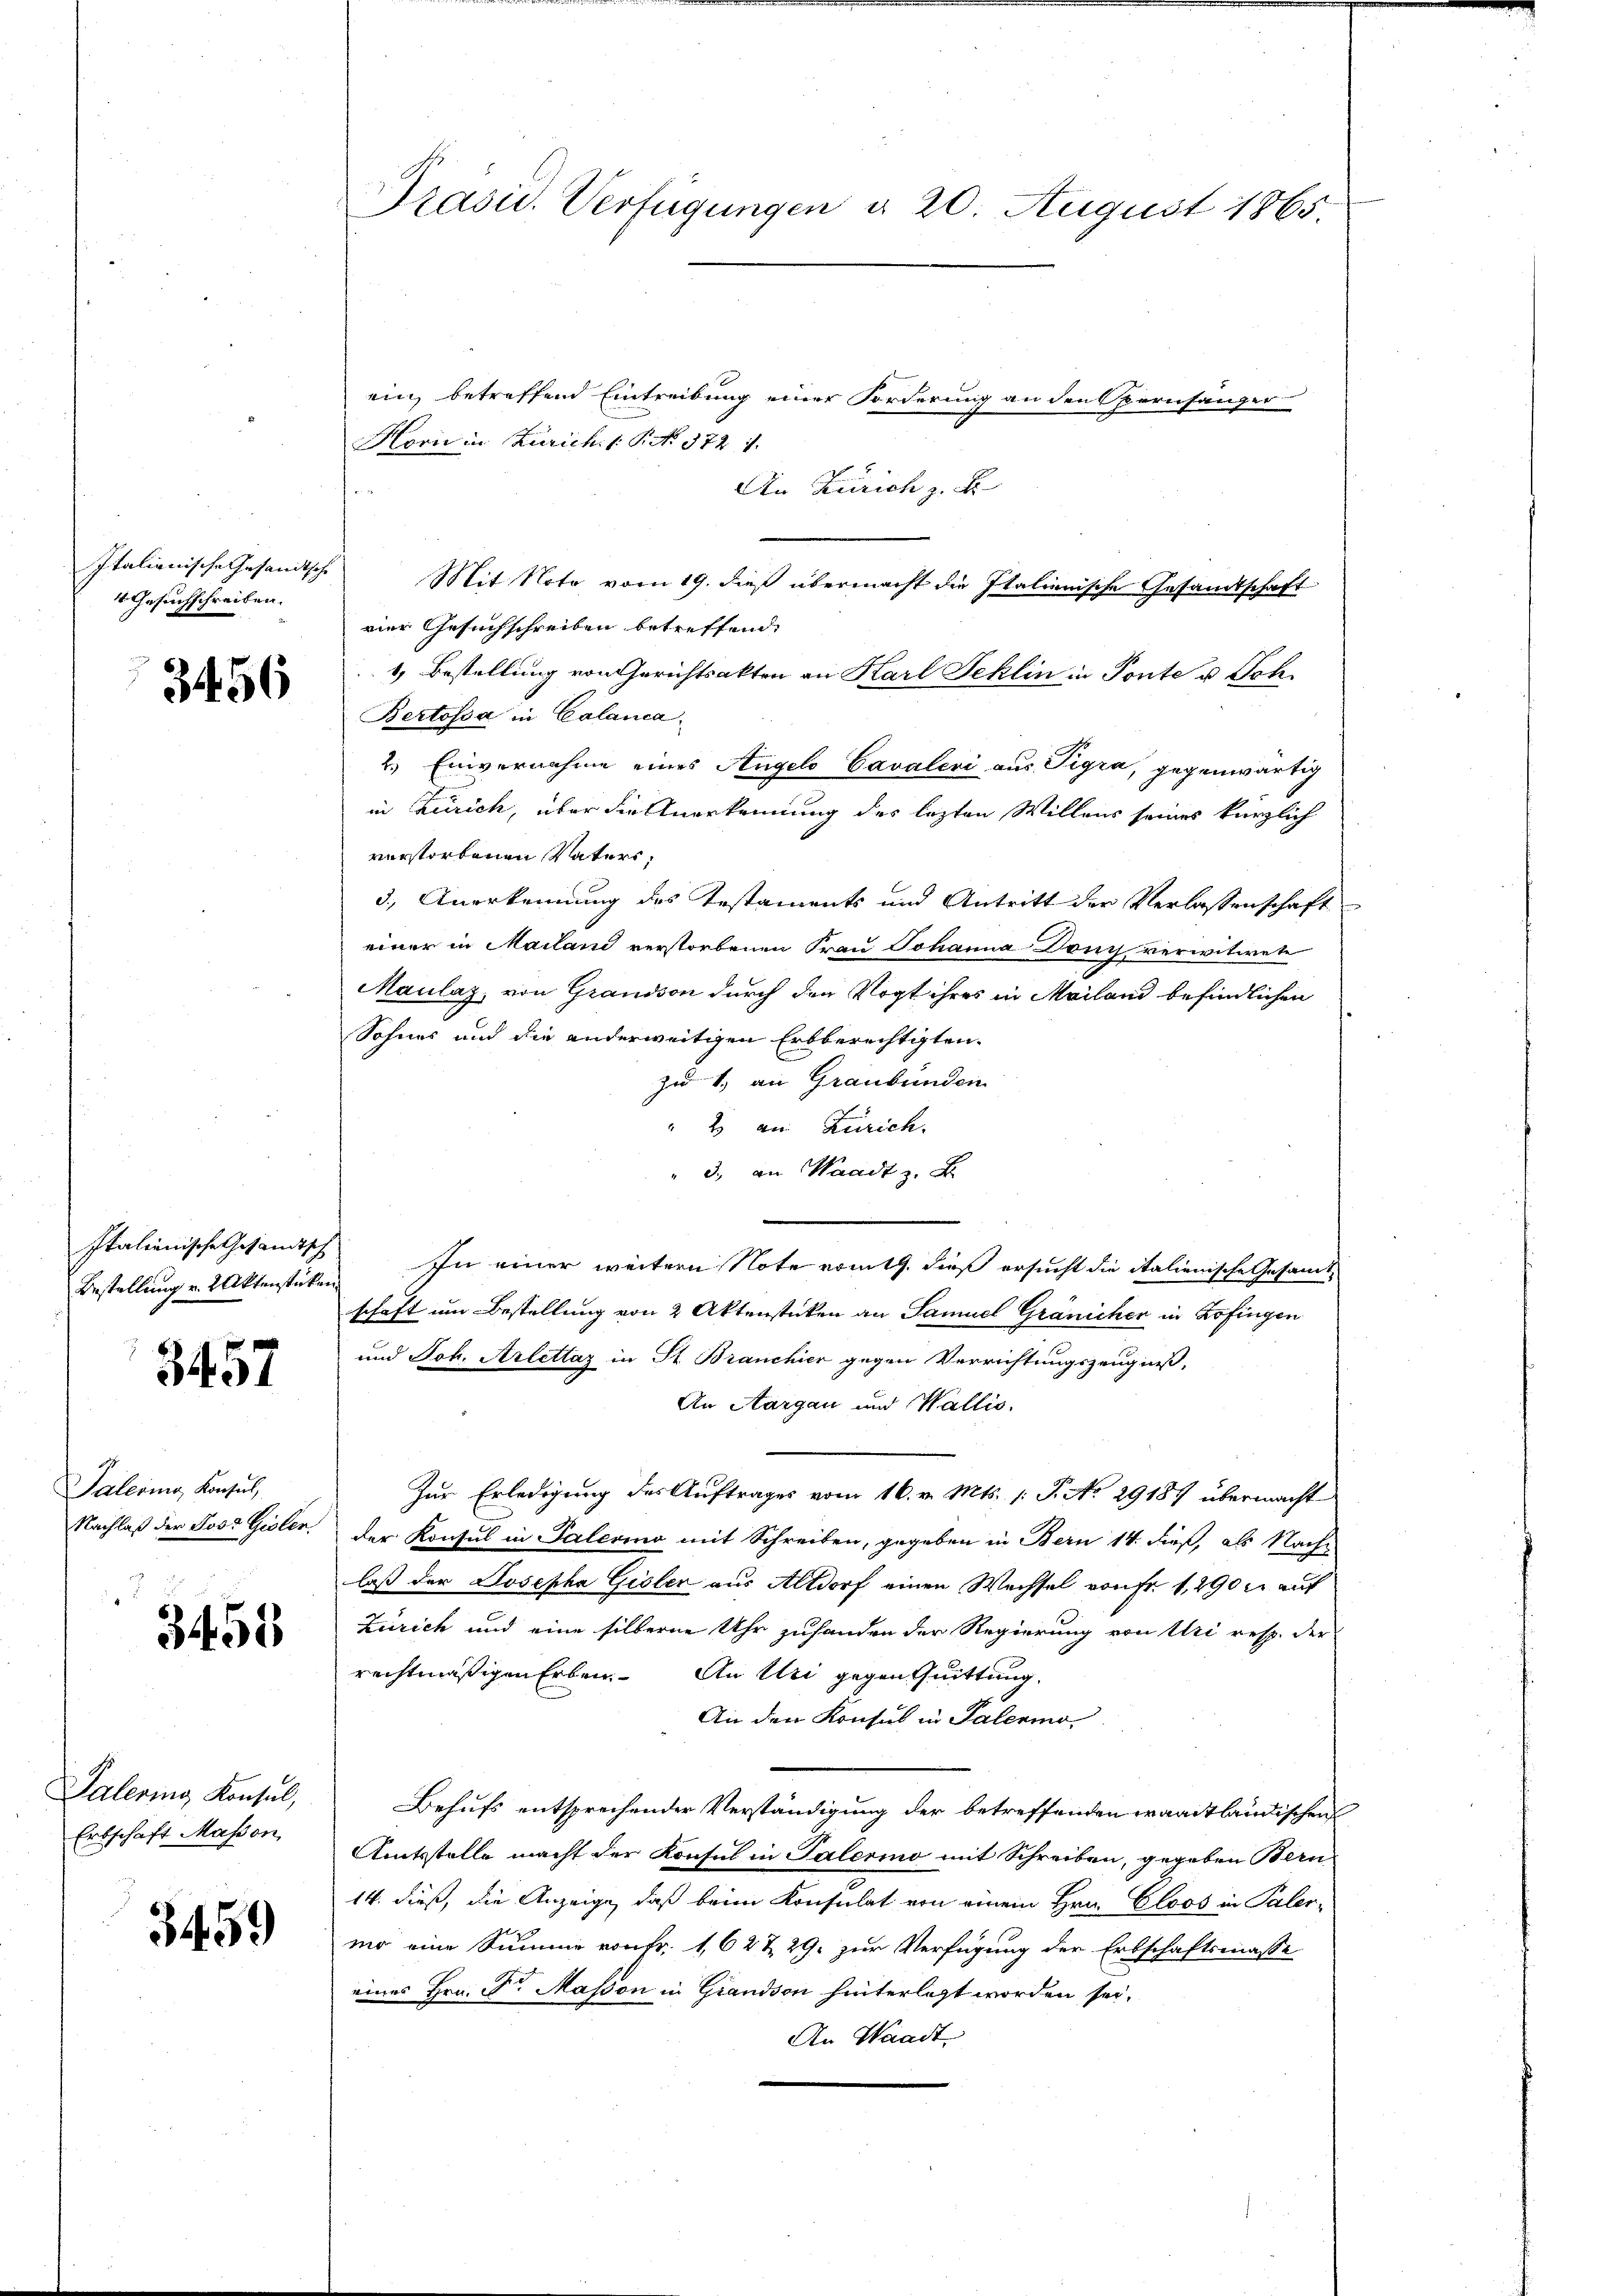
Italienische Gesandtsche
4 Gesuchschreiben.

3456

Italienische Gesandtsch
Bestellung u. 2 Aktenstücken

3457

Palering Konsul

3455

Palering, Konsul,
Erbschaft Masson

3459

ein, betreffend Eintreibung einer Forderung an den Obernhänger
Horie in Zürich. 1. P. N. 372. 1.
An Zürich z. B.
Mit Noto vom 19. dieß übermacht die Italienische Gesandtschaft
vier Gesuchschreiben betreffend.
1) Bestellung von Gerichtsakten an Karl Feklin in Ponte u. Joh.
Bertossa in Calanca
2.) Einvernahme eines Angelo Cavaleri aus Tigra, gegenwärtig
in Zürich, über die Anerkennung des lezten Willens seines kürzlich
verstorbenen Vaters,
3.) Anerkennung des Testaments und Antritt der Verlassenschaft
einer in Mailand verstorbenen Frau Johanna Dony verwitwete
Maulaz, von Grandson durch den Vogt ihres in Mailand befindlichen
Sohnes und die anderweitigen Erbberechtigten.
zu 1. an Graubünden
" 2 an Zürich.
3. an Waadt z. B.
In einer weitern Note romth. dieß ersucht die italienische Gesamt
schaft um Bestellung von 2 Aktenstücken an Samuel Gränicher in Zofingen
und Joh. Arlettag in St. Branchier gegen Verrichtungszeugniß,
An Aargau und Wallis,
Zur Erledigung des Auftrages vom 16. v. Mts. /: P. No 29187 übermacht
Nachlaß der Joso Gisler, der Konsul in Palerino mit Schreiben, gegeben in Bern 14 dieß, als Nachlaß der Josepha Gisler aus Altdorf einen Wechsel von Fr. 1290 n auf
Zürich und eine silberne Uhr zuhanden der Regierung von Uri resp. der
rechtmäßigen Erben. An Uri gegen Quittung
An den Konsul in Palerino,
Behufs entsprechender Verständigung der betreffenden waadtländischen
Amtsstelle macht der Konsul in Palerino mit Schreiben, gegeben Bern-
14. dieß, die Anzeige, daß beim Konsulat von einem Hrn. Cloos in Palermo eine Summe von Fr. 162 & 29. zur Verfügung der Erbschaftsmasse
eines Hrn. Dr. Masson in Grandson hinterlegt worden sei.
An Waadt

Präsid. Verfügungen d. 20. August 1865.